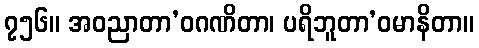
၇၅၆။ အဝညာတာ’ဝဂဏိတာ၊ ပရိဘူတာ’ဝမာနိတာ။